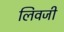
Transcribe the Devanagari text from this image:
लिवजी